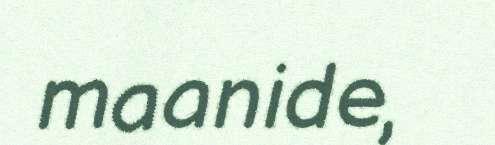
maanide,